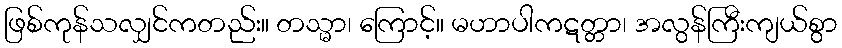
ဖြစ်ကုန်သလျှင်ကတည်း။ တသ္မာ၊ ကြောင့်။ မဟာပါကဋတ္တာ၊ အလွန်ကြီးကျယ်စွာ